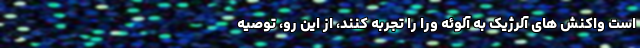
است واکنش های آلرژیک به آلوئه ورا را تجربه کنند، از این رو، توصیه